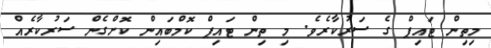
މިތިން ޓައިޕް ގެ ސަރުކާރެވެ. މި ތިން ޓައިޕް ކޮމްބައިން ކޮށްގެން ސަރުކާރެއް